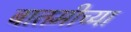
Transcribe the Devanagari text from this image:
बातमीच्या